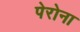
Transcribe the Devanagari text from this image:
पेरोना